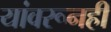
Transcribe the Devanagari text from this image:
यांवरूनही